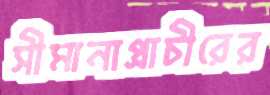
সীমানাপ্রাচীরের